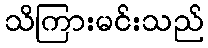
သိကြားမင်းသည်